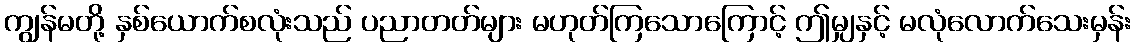
ကျွန်မတို့ နှစ်ယောက်စလုံးသည် ပညာတတ်များ မဟုတ်ကြသောကြောင့် ဤမျှနှင့် မလုံလောက်သေးမှန်း